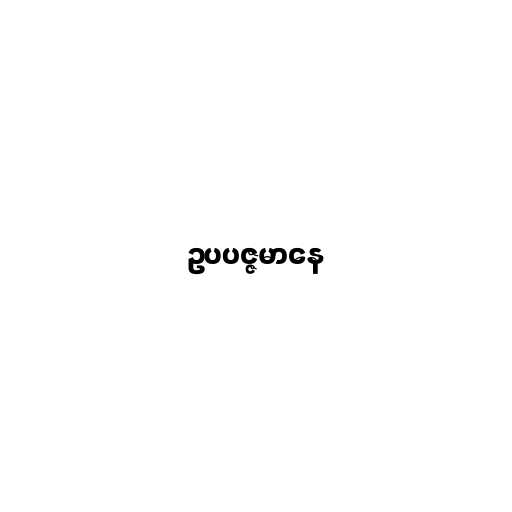
ဥပပဇ္ဇမာနေ